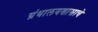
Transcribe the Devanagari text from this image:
ग्रंथालयशास्त्राचे